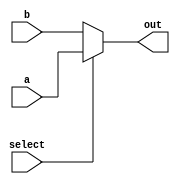
module multiplexer(select, a, b, out);
	//parameter allows for any input and output bit size
	parameter k = 16;
	input select;
	input [k-1: 0] a, b;
	output [k-1: 0] out;
	reg [k-1: 0] out;
	//combinational logic to choose out to be a or b based on select.
	always @(*) begin
		if (select) begin
			out = a;
		end else begin
			out = b;
		end
	end

endmodule